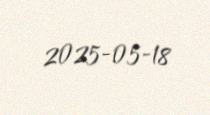
2025-05-18